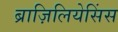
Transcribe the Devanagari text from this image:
ब्राज़िलियेसिंस